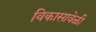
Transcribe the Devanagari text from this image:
विकासावेळी